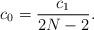
LaTeX: \begin{align*}c_0 = \frac{c_1}{2N-2}.\end{align*}